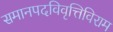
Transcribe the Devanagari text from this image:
समानपदविवृत्तिविराम